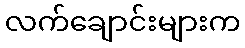
လက်ချောင်းများက